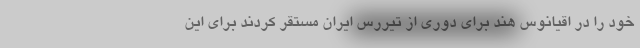
خود را در اقیانوس هند برای دوری از تیررس ایران مستقر کردند برای این